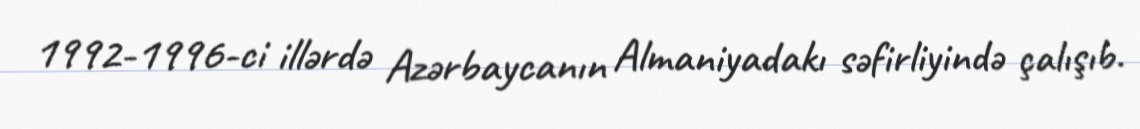
1992-1996-ci illərdə Azərbaycanın Almaniyadakı səfirliyində çalışıb.